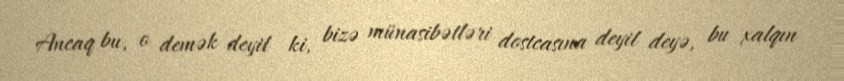
Ancaq bu, o demək deyil ki, bizə münasibətləri dostcasına deyil deyə, bu xalqın